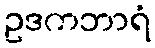
ဥဒကဘာရံ